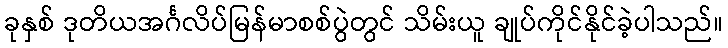
ခုနှစ် ဒုတိယအင်္ဂလိပ်မြန်မာစစ်ပွဲတွင် သိမ်းယူ ချုပ်ကိုင်နိုင်ခဲ့ပါသည်။